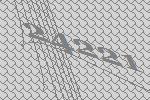
24221